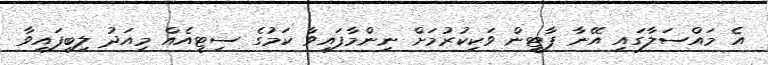
އެ މައްސަލާގައި އޭނާ ޕާޓީން ވަކިކުރުމަށް ނިންމާފައިވާ ކަމުގެ ސިޓީއެއް މިއަދު ލިބިފައިވާ